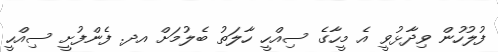
ފުލުހުން ވިދާޅުވީ އެ މީހާގެ ސިއްހީ ހާލަތު ބެލުމަށް އދ. ފެންފުށީ ސިއްހީ